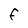
Character: F